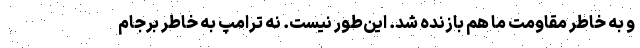
و به خاطر مقاومت ما هم بازنده شد. اين‌طور نيست. نه ترامپ به خاطر برجام